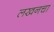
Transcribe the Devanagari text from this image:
लखनचा